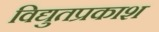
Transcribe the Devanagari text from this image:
विद्युतप्रकाश